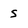
Character: S